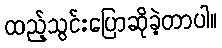
ထည့်သွင်းပြောဆိုခဲ့တာပါ။